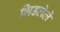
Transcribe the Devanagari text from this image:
भिडलेले